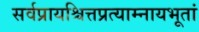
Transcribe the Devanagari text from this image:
सर्वप्रायश्चित्तप्रत्याम्नायभूतां